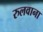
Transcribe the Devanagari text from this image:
रुलवाना